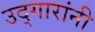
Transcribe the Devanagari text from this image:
उद्गारांनी